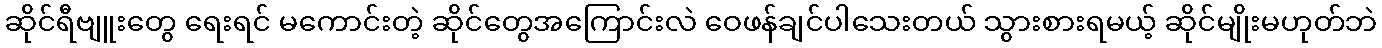
ဆိုင်ရီဗျူးတွေ ရေးရင် မကောင်းတဲ့ ဆိုင်တွေအကြောင်းလဲ ဝေဖန်ချင်ပါသေးတယ် သွားစားရမယ့် ဆိုင်မျိုးမဟုတ်ဘဲ